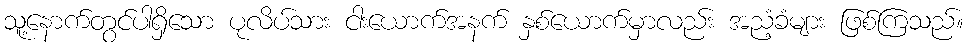
သူ့နောက်တွင်ပါရှိသော ပုလိပ်သား ငါးယောက်အနက် နှစ်ယောက်မှာလည်း အညံ့ခံများ ဖြစ်ကြသည်။